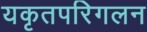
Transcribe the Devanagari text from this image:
यकृतपरिगलन